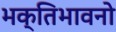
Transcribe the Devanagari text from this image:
भक्तिभावनो